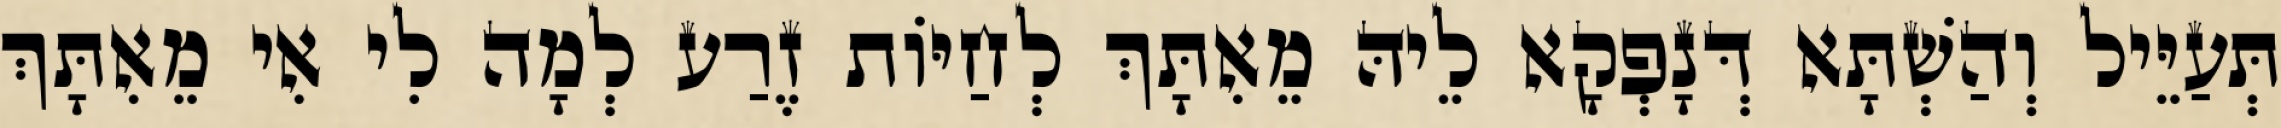
תְּעַיֵּיל וְהַשְׁתָּא דְּנָפְקָא לֵיהּ מֵאִתָּךְ לְחַיּוֹת זֶרַע לְמָה לִי אִי מֵאִתָּךְ